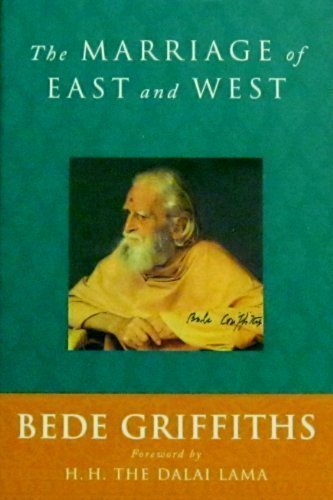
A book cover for The Marriage of East and West; Bede Griffiths; Christian Books & Bibles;